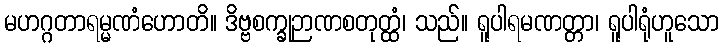
မဟဂ္ဂတာရမ္မဏံဟောတိ။ ဒိဗ္ဗစက္ခုဉာဏစတုတ္ထံ၊ သည်။ ရူပါရမဏတ္တာ၊ ရူပါရုံဟူသော